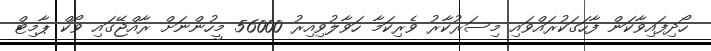
ހޯދިފައިވާކަން ފާހަގަކުރައްވައި މިސަރުކާރު ވެރިކަމާ ހަވާލުވިއިރު 56000 މީހުންނަށް ރާއްޖޭގައި ވޯކް ޕާމިޓް